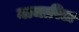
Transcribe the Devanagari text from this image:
माजारिटा